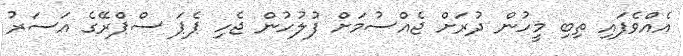
އެއްވެފައި ތިބި މީހުން ދުރަށް ޖެއްސުމަށް ފުލުހުން ޖެހި ޕެޕަ ސްޕްރޭގެ އަސަރު